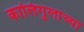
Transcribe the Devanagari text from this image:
कालिगुलाच्या